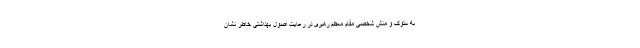
به سلوک و منش شخصی مقام معظم رهبری در رعایت اصول بهداشتی خاطر نشان